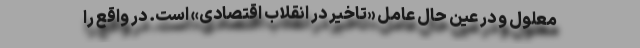
معلول و در عین حال عامل «تاخیر در انقلاب اقتصادی» است. در واقع را